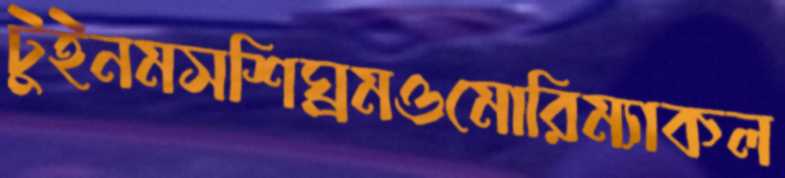
টুইনমসশিঘ্রমওমোরিম্যাকল